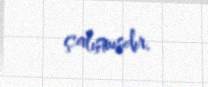
çalışmışdır.